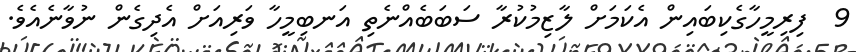
9  ފިރިމީހާގެކިބައިން އެކަމަށް ލާޒިމުކުރާ ސަބަބެއްނެތި އަނބިމީހާ ވަރިއަށް އެދިގެން ނުވާނެއެވެ.